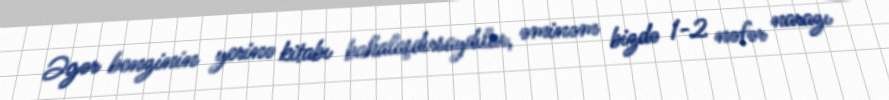
Əgər benzinin yerinə kitabı bahalaşdırsaydılar, əminəm bizdə 1-2 nəfər narazı